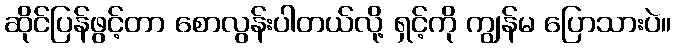
ဆိုင်ပြန်ဖွင့်တာ စောလွန်းပါတယ်လို့ ရှင့်ကို ကျွန်မ ပြောသားပဲ။